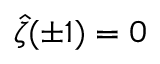
\widehat { \zeta } ( \pm 1 ) = 0